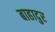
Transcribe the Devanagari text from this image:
बाहादुर